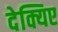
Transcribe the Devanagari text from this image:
देक्यिए